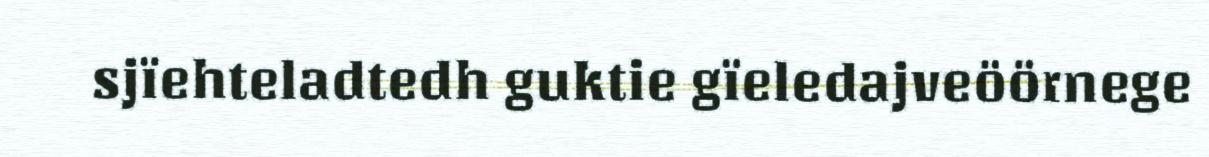
sjïehteladtedh guktie gïeledajveöörnege